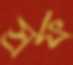
স্রফ